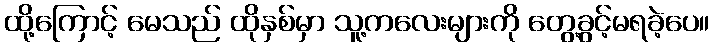
ထို့ကြောင့် မေသည် ထိုနှစ်မှာ သူ့ကလေးများကို တွေ့ခွင့်မရခဲ့ပေ။